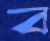
ব